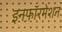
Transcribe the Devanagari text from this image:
इनफ़ॉरमेशन